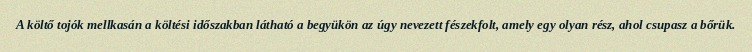
A költő tojók mellkasán a költési időszakban látható a begyükön az úgy nevezett fészekfolt, amely egy olyan rész, ahol csupasz a bőrük.